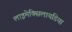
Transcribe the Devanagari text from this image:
लाइमेक्सिलायडिया